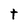
Character: t